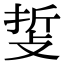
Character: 𢼺